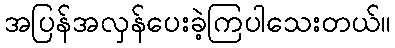
အပြန်အလှန်ပေးခဲ့ကြပါသေးတယ်။